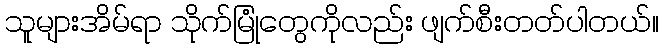
သူများအိမ်ရာ သိုက်မြုံတွေကိုလည်း ဖျက်စီးတတ်ပါတယ်။